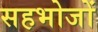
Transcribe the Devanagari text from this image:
सहभोजों